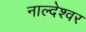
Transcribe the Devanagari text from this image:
नाल्देश्वर